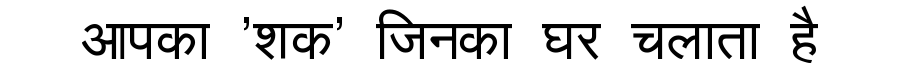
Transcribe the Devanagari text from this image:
आपका 'शक' जिनका घर चलाता है